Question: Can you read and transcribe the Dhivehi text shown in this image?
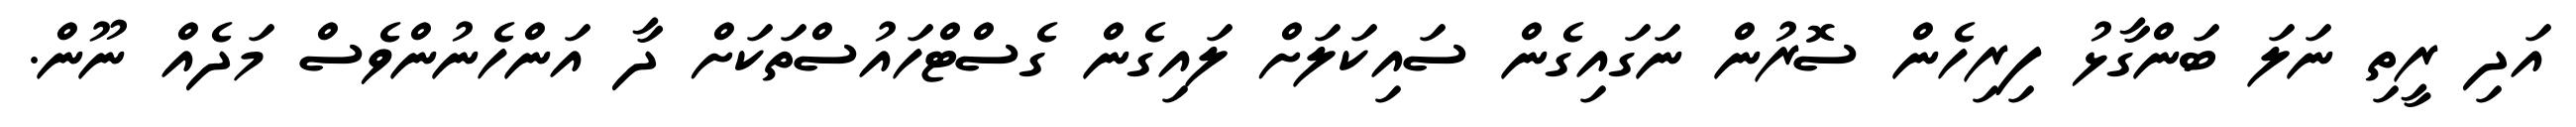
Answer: އަދި ރީތި ނަލަ ބަންގާޅު ފިރިހެން ސޮރުން ނަގައިގެން ސައިކަލަށް ލައިގެން ގެސްޓްހައުސްތަކަށް ދާ އަންހެނުންވެސް މަދެއް ނޫން.